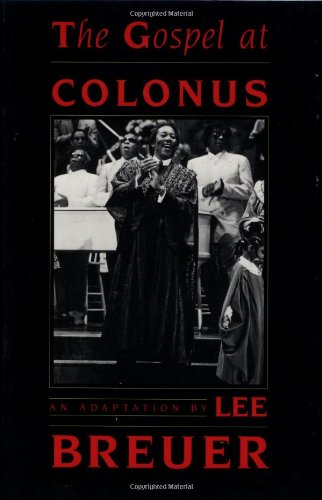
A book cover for The Gospel at Colonus; Lee Breuer; Literature & Fiction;